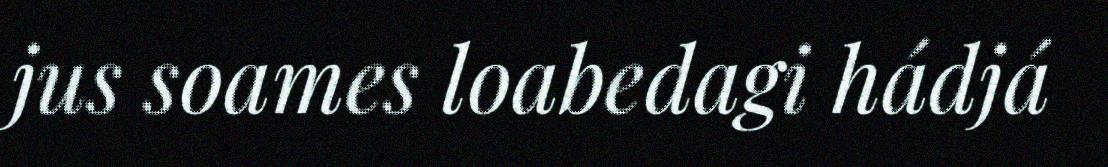
jus soames loabedagi hádjá